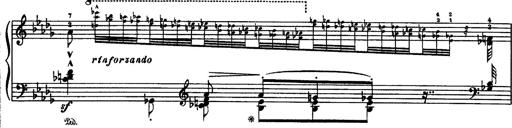
Title: Paraphrase de concert sur Rigoletto
Composer: Franz Liszt